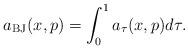
\begin{align*}a_{\mathrm{BJ}}(x,p)=\int_{0}^{1}a_{\tau}(x,p)d\tau. \end{align*}